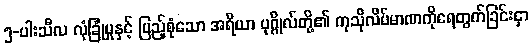
၅-ပါးသီလ လုံခြုံမှုနှင့် ပြည့်စုံသော အရိယာ ပုဂ္ဂိုလ်တို့၏ ကုသိုလိပ်မာဏကိုရေတွက်ခြင်းငှာ